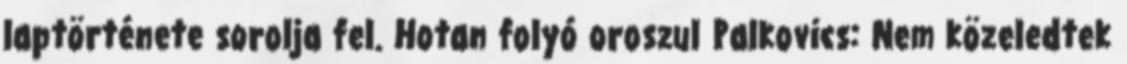
laptörténete sorolja fel. Hotan folyó oroszul Palkovics: Nem közeledtek